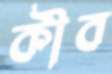
কীব